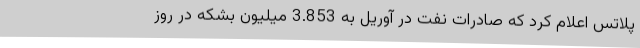
پلاتس اعلام کرد که صادرات نفت در آوریل به 3.853 میلیون بشکه در روز